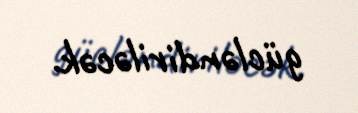
gücləndiriləcək.